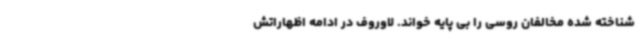
شناخته شده مخالفان روسی را بی پایه خواند. لاوروف در ادامه اظهاراتش